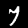
Label: 7